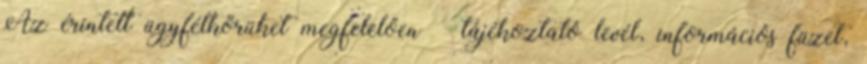
Az érintett ügyfélkörüket megfelelően – tájékoztató levél, információs füzet,